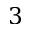
3